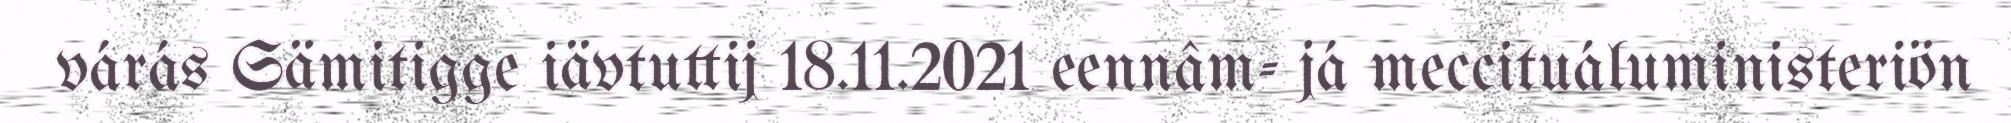
várás Sämitigge iävtuttij 18.11.2021 eennâm- já meccituáluministeriön